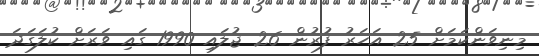
މިނިވަންކަމަށް 25 އަހަރު ފުރުން 26 ޖުލައި 1990 ގައި ވަރަށް ކުލަގަދަ